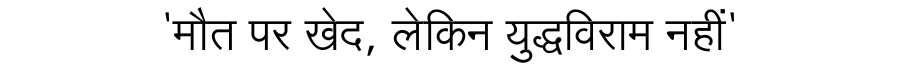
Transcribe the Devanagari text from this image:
'मौत पर खेद, लेकिन युद्धविराम नहीं'